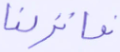
فأنزلنا